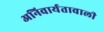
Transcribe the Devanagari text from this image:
अनिवार्यतावाली